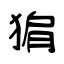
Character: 猏